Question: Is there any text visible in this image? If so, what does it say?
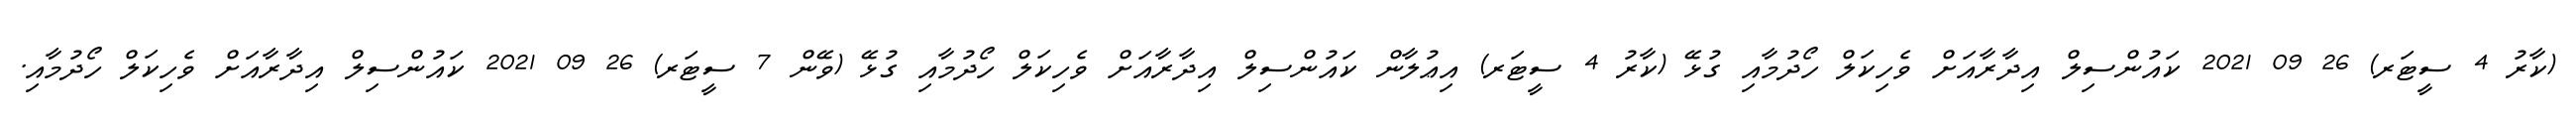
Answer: (ކާރު 4 ސީޓަރ) 26 09 2021 ކައުންސިލް އިދާރާއަށް ވެހިކަލް ހޯދުމާއި ގުޅޭ (ކާރު 4 ސީޓަރ) އިޢުލާން ކައުންސިލް އިދާރާއަށް ވެހިކަލް ހޯދުމާއި ގުޅޭ (ވޭން 7 ސީޓަރ) 26 09 2021 ކައުންސިލް އިދާރާއަށް ވެހިކަލް ހޯދުމާއި.